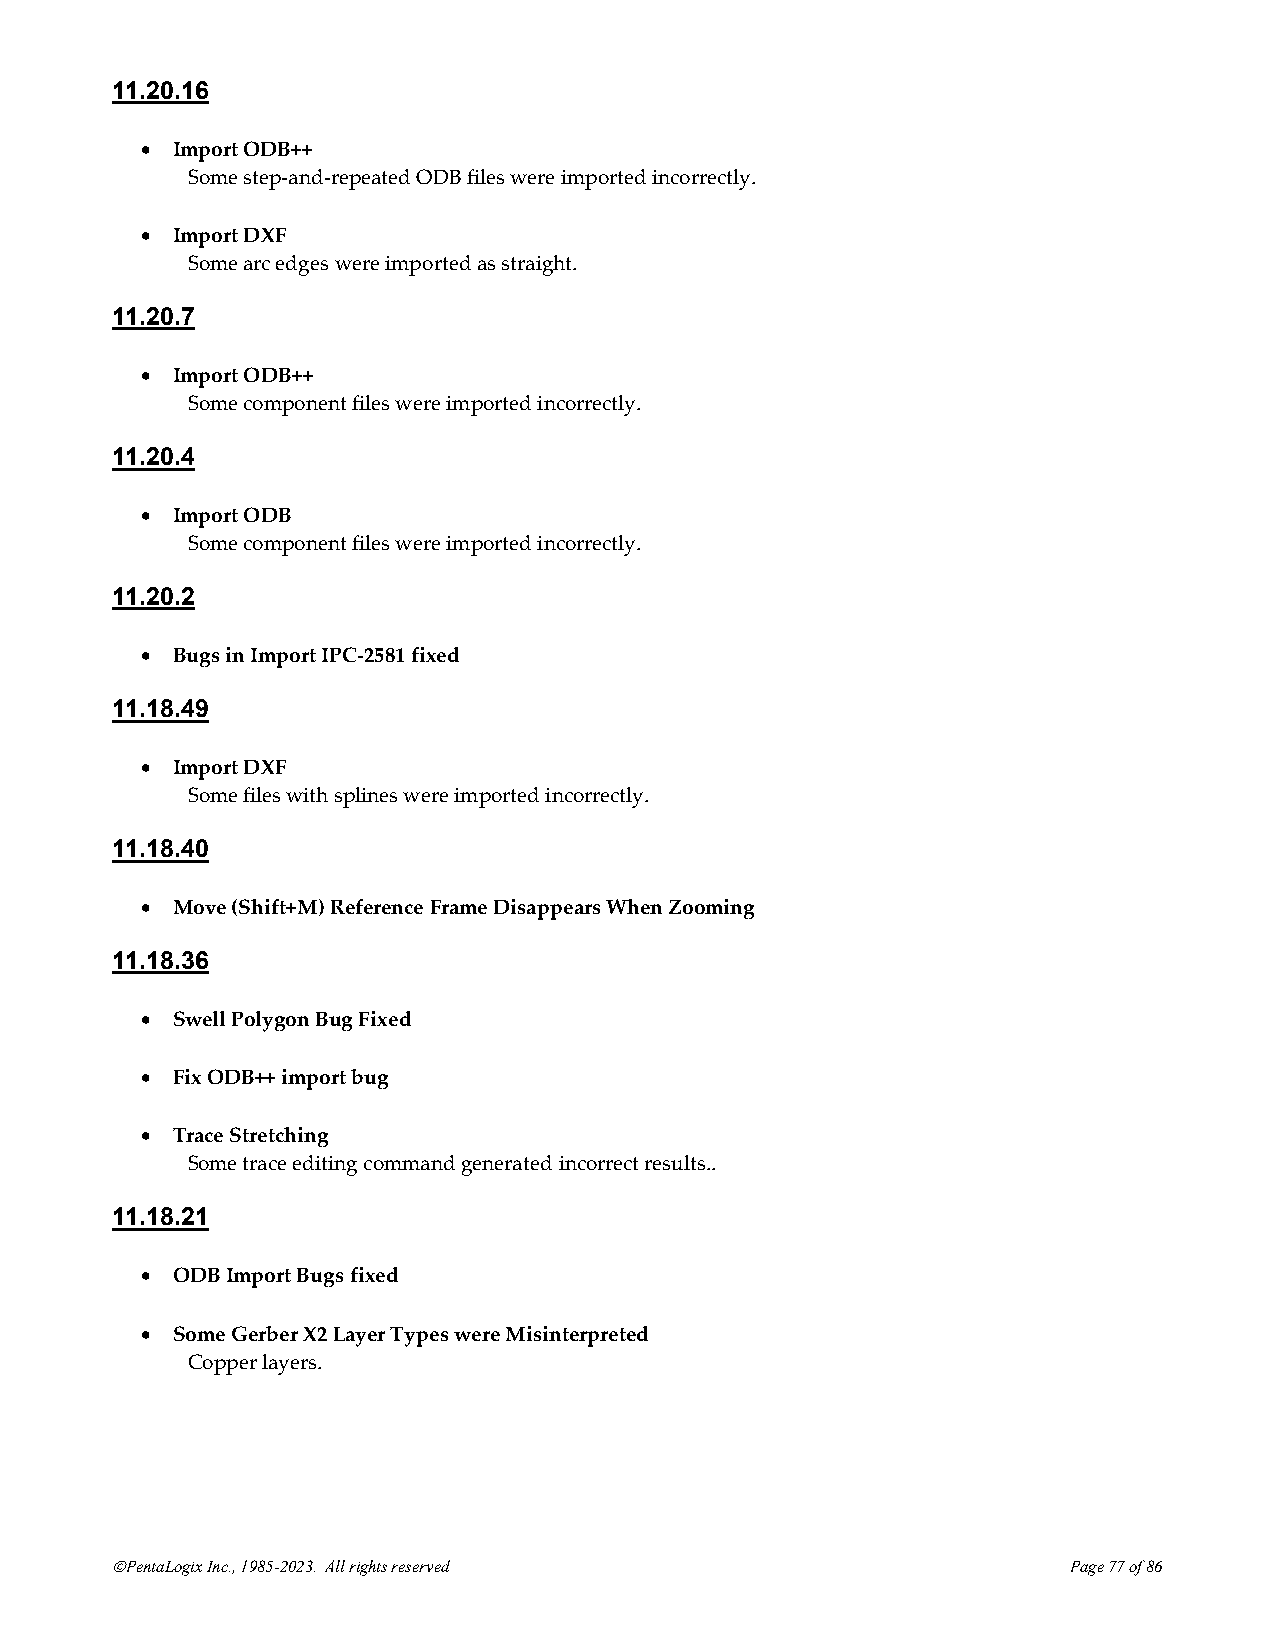
11.20.16
 • Import ODB++
 Some step-and-repeated ODB files were imported incorrectly.
 • Import DXF
 Some arc edges were imported as straight.
 11.20.7
 • Import ODB++
 Some component files were imported incorrectly.
 11.20.4
 • Import ODB
 Some component files were imported incorrectly.
 11.20.2
 • Bugs in Import IPC-2581 fixed
 11.18.49
 • Import DXF
 Some files with splines were imported incorrectly.
 11.18.40
 • Move (Shift+M) Reference Frame Disappears When Zooming
 11.18.36
 • Swell Polygon Bug Fixed
 • Fix ODB++ import bug
 • Trace Stretching
 Some trace editing command generated incorrect results..
 11.18.21
 • ODB Import Bugs fixed
 • Some Gerber X2 Layer Types were Misinterpreted
 Copper layers.
 ©PentaLogix Inc., 1985-2023. All rights reserved                Page 77 of 86